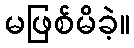
မဖြစ်မိခဲ့။